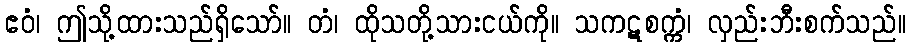
ဧဝံ၊ ဤသို့ထားသည်ရှိသော်။ တံ၊ ထိုသတို့သားငယ်ကို။ သကဋစက္ကံ၊ လှည်းဘီးစက်သည်။